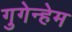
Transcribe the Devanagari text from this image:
गुगेन्हेम